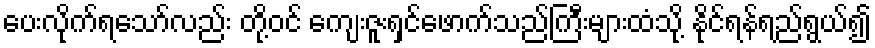
ပေးလိုက်ရသော်လည်း တို့ဝင် ကျေးဇူးရှင်ဖောက်သည်ကြီးများထံသို့ နိုင်ရန်ရည်ရွယ်၍